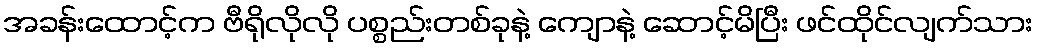
အခန်းထောင့်က ဗီရိုလိုလို ပစ္စည်းတစ်ခုနဲ့ ကျောနဲ့ ဆောင့်မိပြီး ဖင်ထိုင်လျက်သား